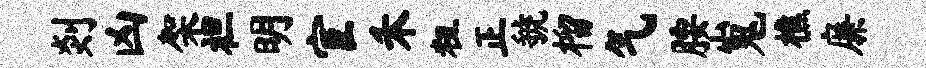
剡凶架袒明宦禾粗正虢榴气腰嵬樵廉